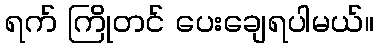
ရက် ကြိုတင် ပေးချေရပါမယ်။